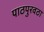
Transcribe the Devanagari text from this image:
पाठपुरवठा